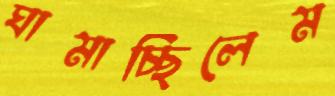
ঘামাচ্ছিলেম